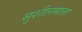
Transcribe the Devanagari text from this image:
सुशीलमाला